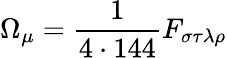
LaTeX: \Omega_{\mu}=\frac{1}{4\cdot 144}F_{\sigma\tau\lambda\rho}